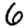
Digit: 6